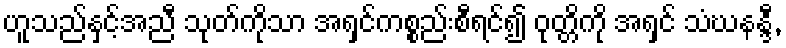
ဟူသည်နှင့်အညီ သုတ်ကိုသာ အရှင်ကစ္စည်းစီရင်၍ ဝုတ္တိကို အရှင် သံဃနန္ဒီ,